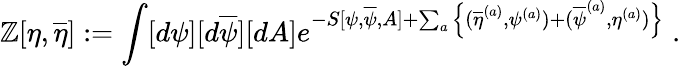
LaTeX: \mathbb{Z}[\eta,\overline{{{{\eta}}}}]:=\int[d\psi][d\overline{{{{\psi}}}}][dA]e^{-S[\psi,\overline{{{{\psi}}}},A]+\sum_{a}\Big\{ (\overline{{{{\eta}}}}^{(a)},\psi^{(a)})+(\overline{{{{\psi}}}}^{(a)},\eta^{(a)})\Big\} }\; .